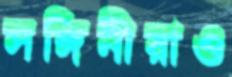
সঙ্গিনীরাও